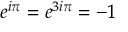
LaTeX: e ^ { i \pi } = e ^ { 3 i \pi } = - 1